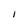
Character: 1